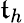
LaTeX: \mathfrak{t}_{h}